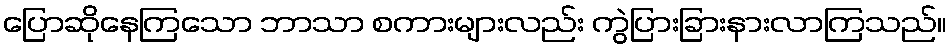
ပြောဆိုနေကြသော ဘာသာ စကားများလည်း ကွဲပြားခြားနားလာကြသည်။